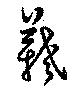
羲